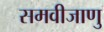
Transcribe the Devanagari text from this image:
समवीजाणु